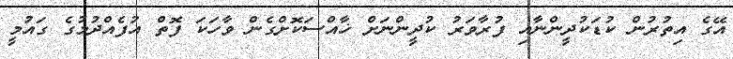
އޭގެ އިތުރުން ކުޑަކުދީންނާއި ފުރާވަރު ކުދީންނަށް ޚާއްސަކޮށްގެން ވާހަކަ ފޮތް އުފެއްދުމުގެ ގައުމީ